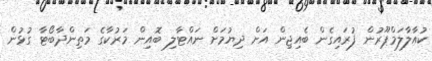
ކުއާލާލަމްޕޫރުން ފުރައިގެން ބެއިޖިން އަށް ދިޔުމަށް ނައްޓާލި ބޮއިން މަރުކާގެ މަތިންދާބޯޓާ ގުޅުން